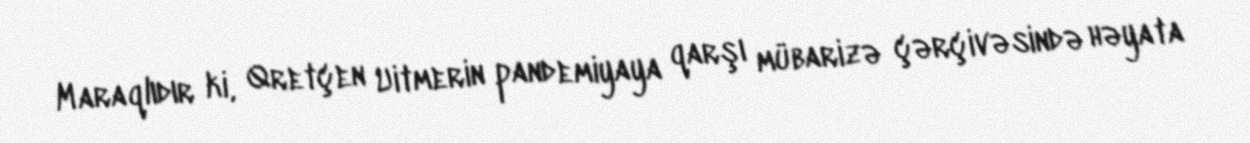
Maraqlıdır ki, Qretçen Uitmerin pandemiyaya qarşı mübarizə çərçivəsində həyata